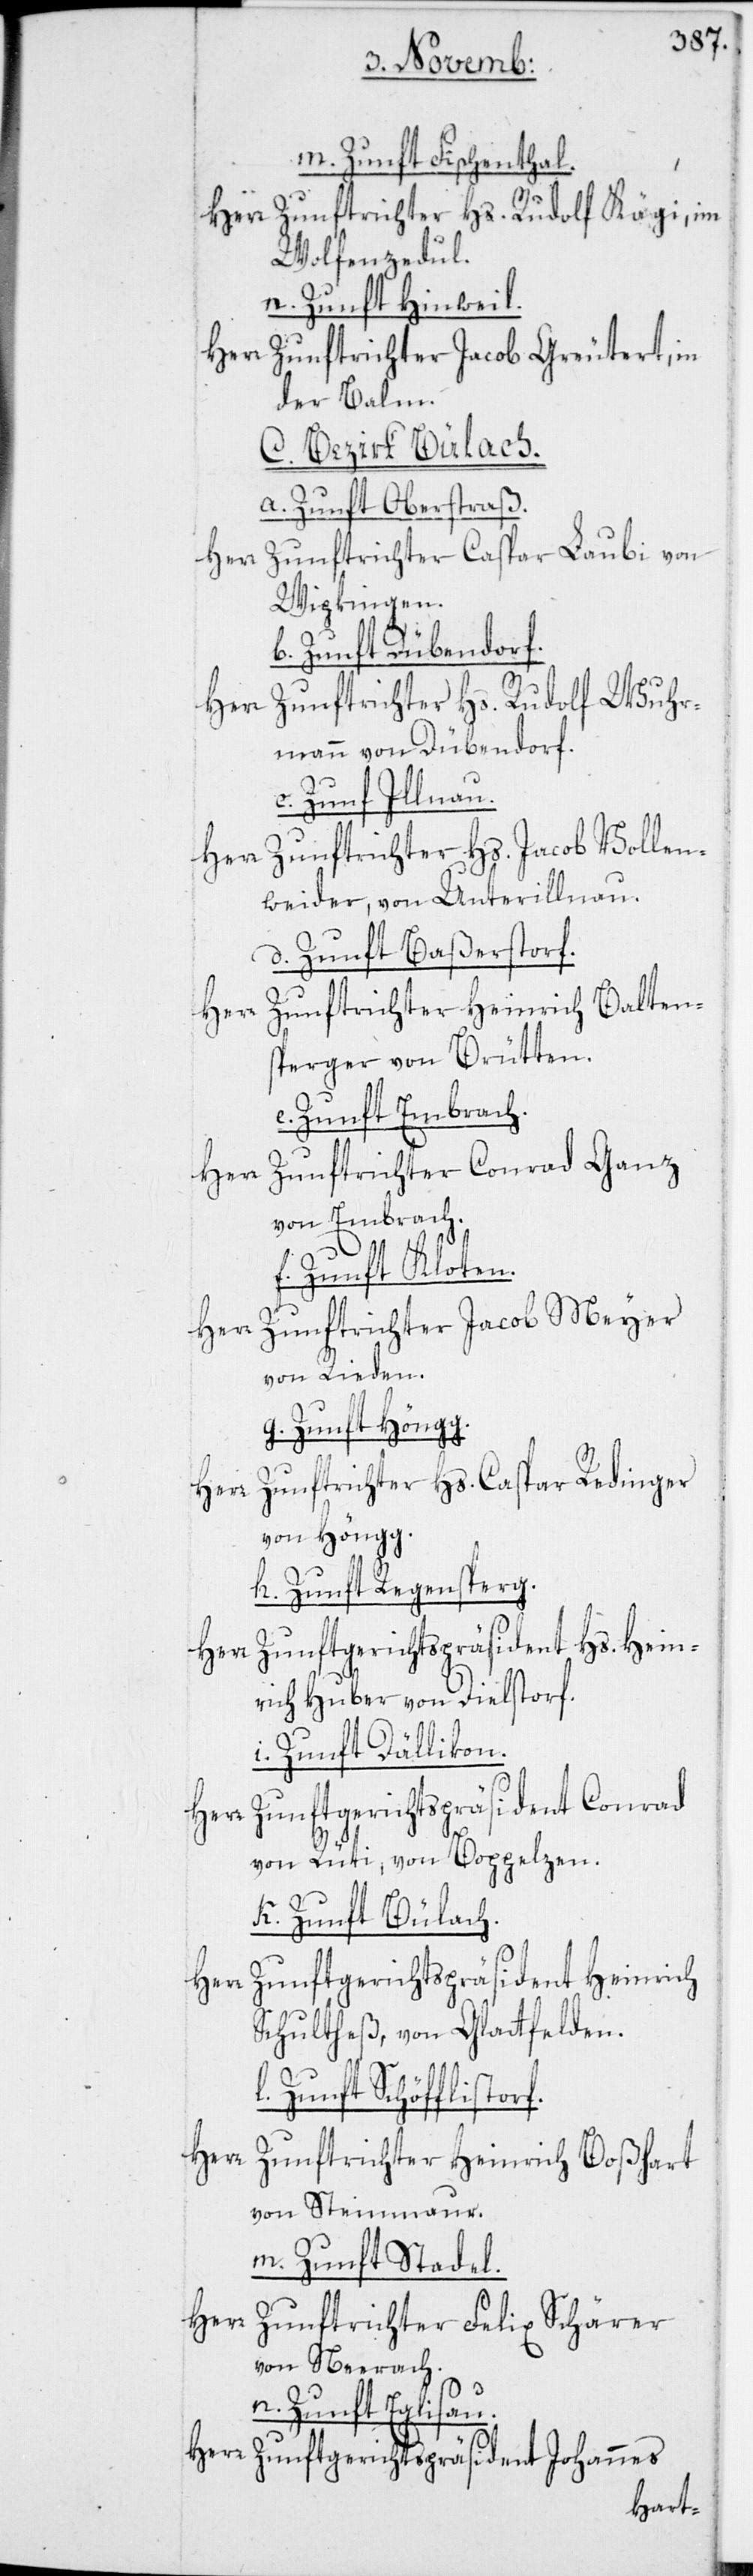
m. Zunft Fischenthal.
Herr Zunftrichter Hs. Rudolf Kägi, im
Wolfenzedul.
n. Zunft Hinweil.
Herr Zunftrichter Jacob Greutert, in
der Balm.
C. Bezirk Bülach.
a. Zunft Oberstraß.
Zunftrichter Caspar Laubi von
Wipkingen.
b. Zunft Dübendorf.
Zunftrichter Hs. Rudolf Wuhr¬
mann von Dübendorf.
c. Zunft Illnau.
Zunftrichter Hs. Jacob Vollen¬
weider, von Unterillnau.
d. Zunft Baßersdorf.
Herr Zunftrichter Heinrich Balten¬
sperger von Brütten.
Zunft Embrach.
Herr Zunftrichter Conrad Ganz
von Embrach.
Zunft Kloten.
Zunftrichter Jacob Meyer
von Rieden.
g. Zunft Höngg.
Herr Zunftrichter Hs. Caspar Redinger
von Höngg.
h. Zunft Regensperg.
Hs. Hein¬
Herr Zunftgerichtspräsident
rich Huber von Dielstorf.
i. Zunft Dällikon.
Herr Zunftgerichtspräsident Conrad
von Rüti, von Boppelzen.
k. Zunft Bülach.
Herr Zunftgerichtspräsident Heinrich
Schultheß, von Glattfelden.
l. Zunft Schöfflistorf.
Herr
Zunftrichter Heinrich Boßhart
von Steinmaur.
m. Zunft Stadel.
Herr Zunftrichter Felix Schärer
von Neerach.
n. Zunft Eglisau.
Herr Zunftgerichtspräsident Johannes